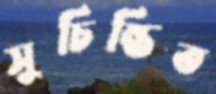
সুচিন্তিত